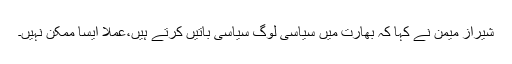
شیراز میمن نے کہا کہ بھارت میں سیاسی لوگ سیاسی باتیں کرتے ہیں،عملاً ایسا ممکن نہیں۔